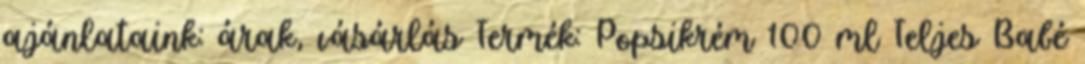
ajánlataink: árak, vásárlás Termék: Popsikrém 100 ml Teljes Babé